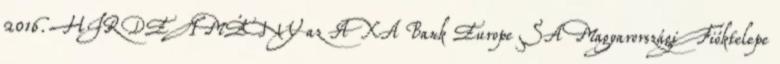
2016. HIRDETMÉNY az AXA Bank Europe SA Magyarországi Fióktelepe